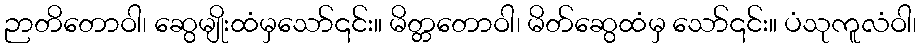
ဉာတိတောဝါ၊ ဆွေမျိုးထံမှသော်၎င်း။ မိတ္တတောဝါ၊ မိတ်ဆွေထံမှ သော်၎င်း။ ပံသုကူလံဝါ၊